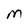
Character: m